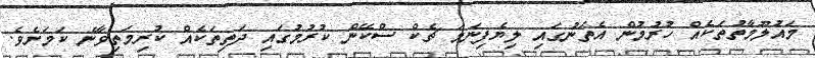
މައުލޫމާތުތަކެއް ހުރުމުން އެތަނުގައި ލިޔެފިނަމަ ޗެކް ސްކޭން ކުރުމުގައި ދަތިތަކެއް ކުރިމަތިވާނެ ކަމަށެވެ.